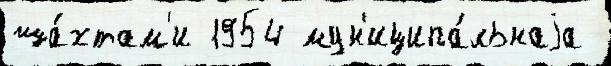
ша́хтам'и 1954 мун'иципа́льнаjа